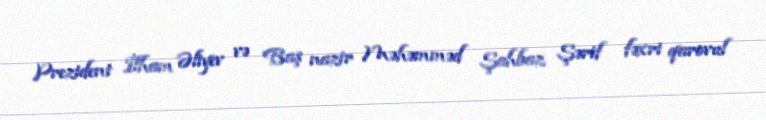
Prezident İlham Əliyev və Baş nazir Məhəmməd Şahbaz Şərif fəxri qarovul